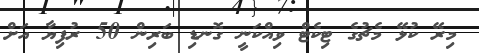
މިރޭ ކުޅޭ މެޗުގެ ޓިކެޓް ވިއްކަނީ ގޮނޑި ބަރިން 50 ރުފިޔާ އަށް